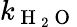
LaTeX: k_{\mathrm{~H~}_{2}\mathrm{~O~}}